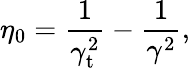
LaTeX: \eta_{0}=\frac{1}{\gamma_{\mathrm{t}}^{2}}-\frac{1}{\gamma^{2}}\mathrm{,}